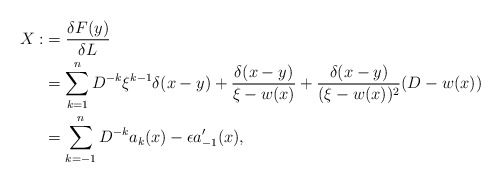
\begin{align*}X :&= \frac{\delta F(y)}{\delta L} \\&= \sum_{k=1}^n D^{-k} \xi^{k-1} \delta(x-y) + \frac{\delta(x-y)}{\xi-w(x)} + \frac{ \delta(x-y)}{(\xi-w(x))^2}(D-w(x)) \\&= \sum_{k=-1}^n D^{-k}a_k(x) - \epsilon a_{-1}'(x),\end{align*}